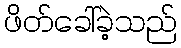
ဖိတ်ခေါ်ခဲ့သည်